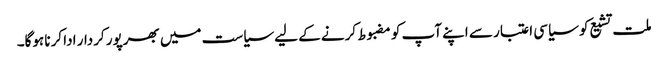
ملت تشیع کو سیاسی اعتبار سے اپنے آپ کو مضبوط کرنے کے لیے سیاست میں بھرپور کردار ادا کرنا ہوگا۔